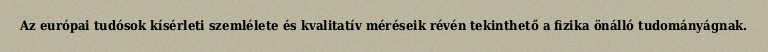
Az európai tudósok kísérleti szemlélete és kvalitatív méréseik révén tekinthető a fizika önálló tudományágnak.